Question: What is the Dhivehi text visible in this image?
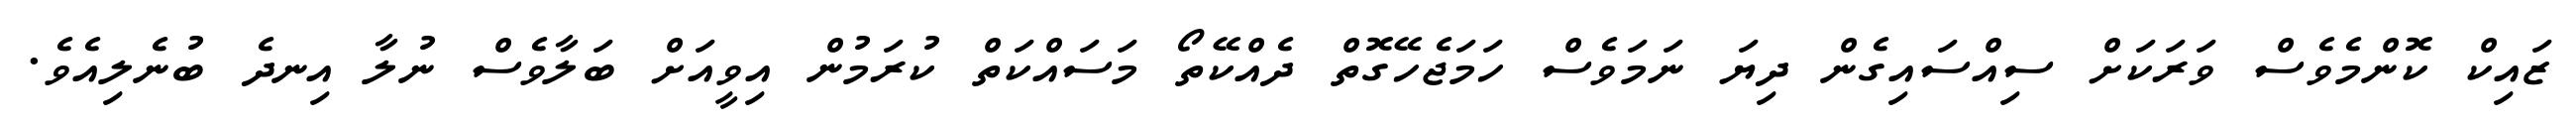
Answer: ޒައިކް ކޮންމެވެސް ވަރަކަށް ސިއްސައިގެން ދިޔަ ނަމަވެސް ހަމަޖެހޭގޮތް ދެއްކޭތޯ މަސައްކަތް ކުރަމުން އިވީއަށް ބަލާވެސް ނުލާ އިނދެ ބުނެލިއެވެ.